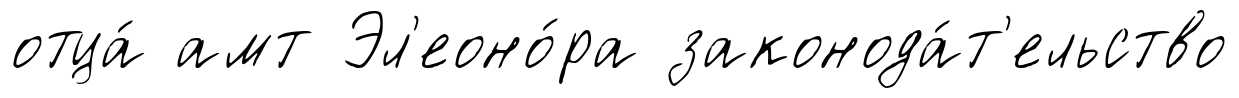
отца́ амт Эл'еоно́ра законода́т'ельство